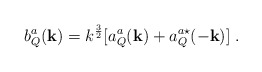
\begin{align*}b_{Q}^{a}({\bf{k}}) =k^{\frac{3}{2}}[a_{Q}^{a}({\bf{k}}) +a_{Q}^{a\star}(-{\bf{k}})]\;.\end{align*}